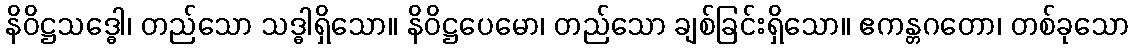
နိဝိဋ္ဌသဒ္ဓေါ၊ တည်သော သဒ္ဓါရှိသော။ နိဝိဋ္ဌပေမော၊ တည်သော ချစ်ခြင်းရှိသော။ ဧကန္တဂတော၊ တစ်ခုသော